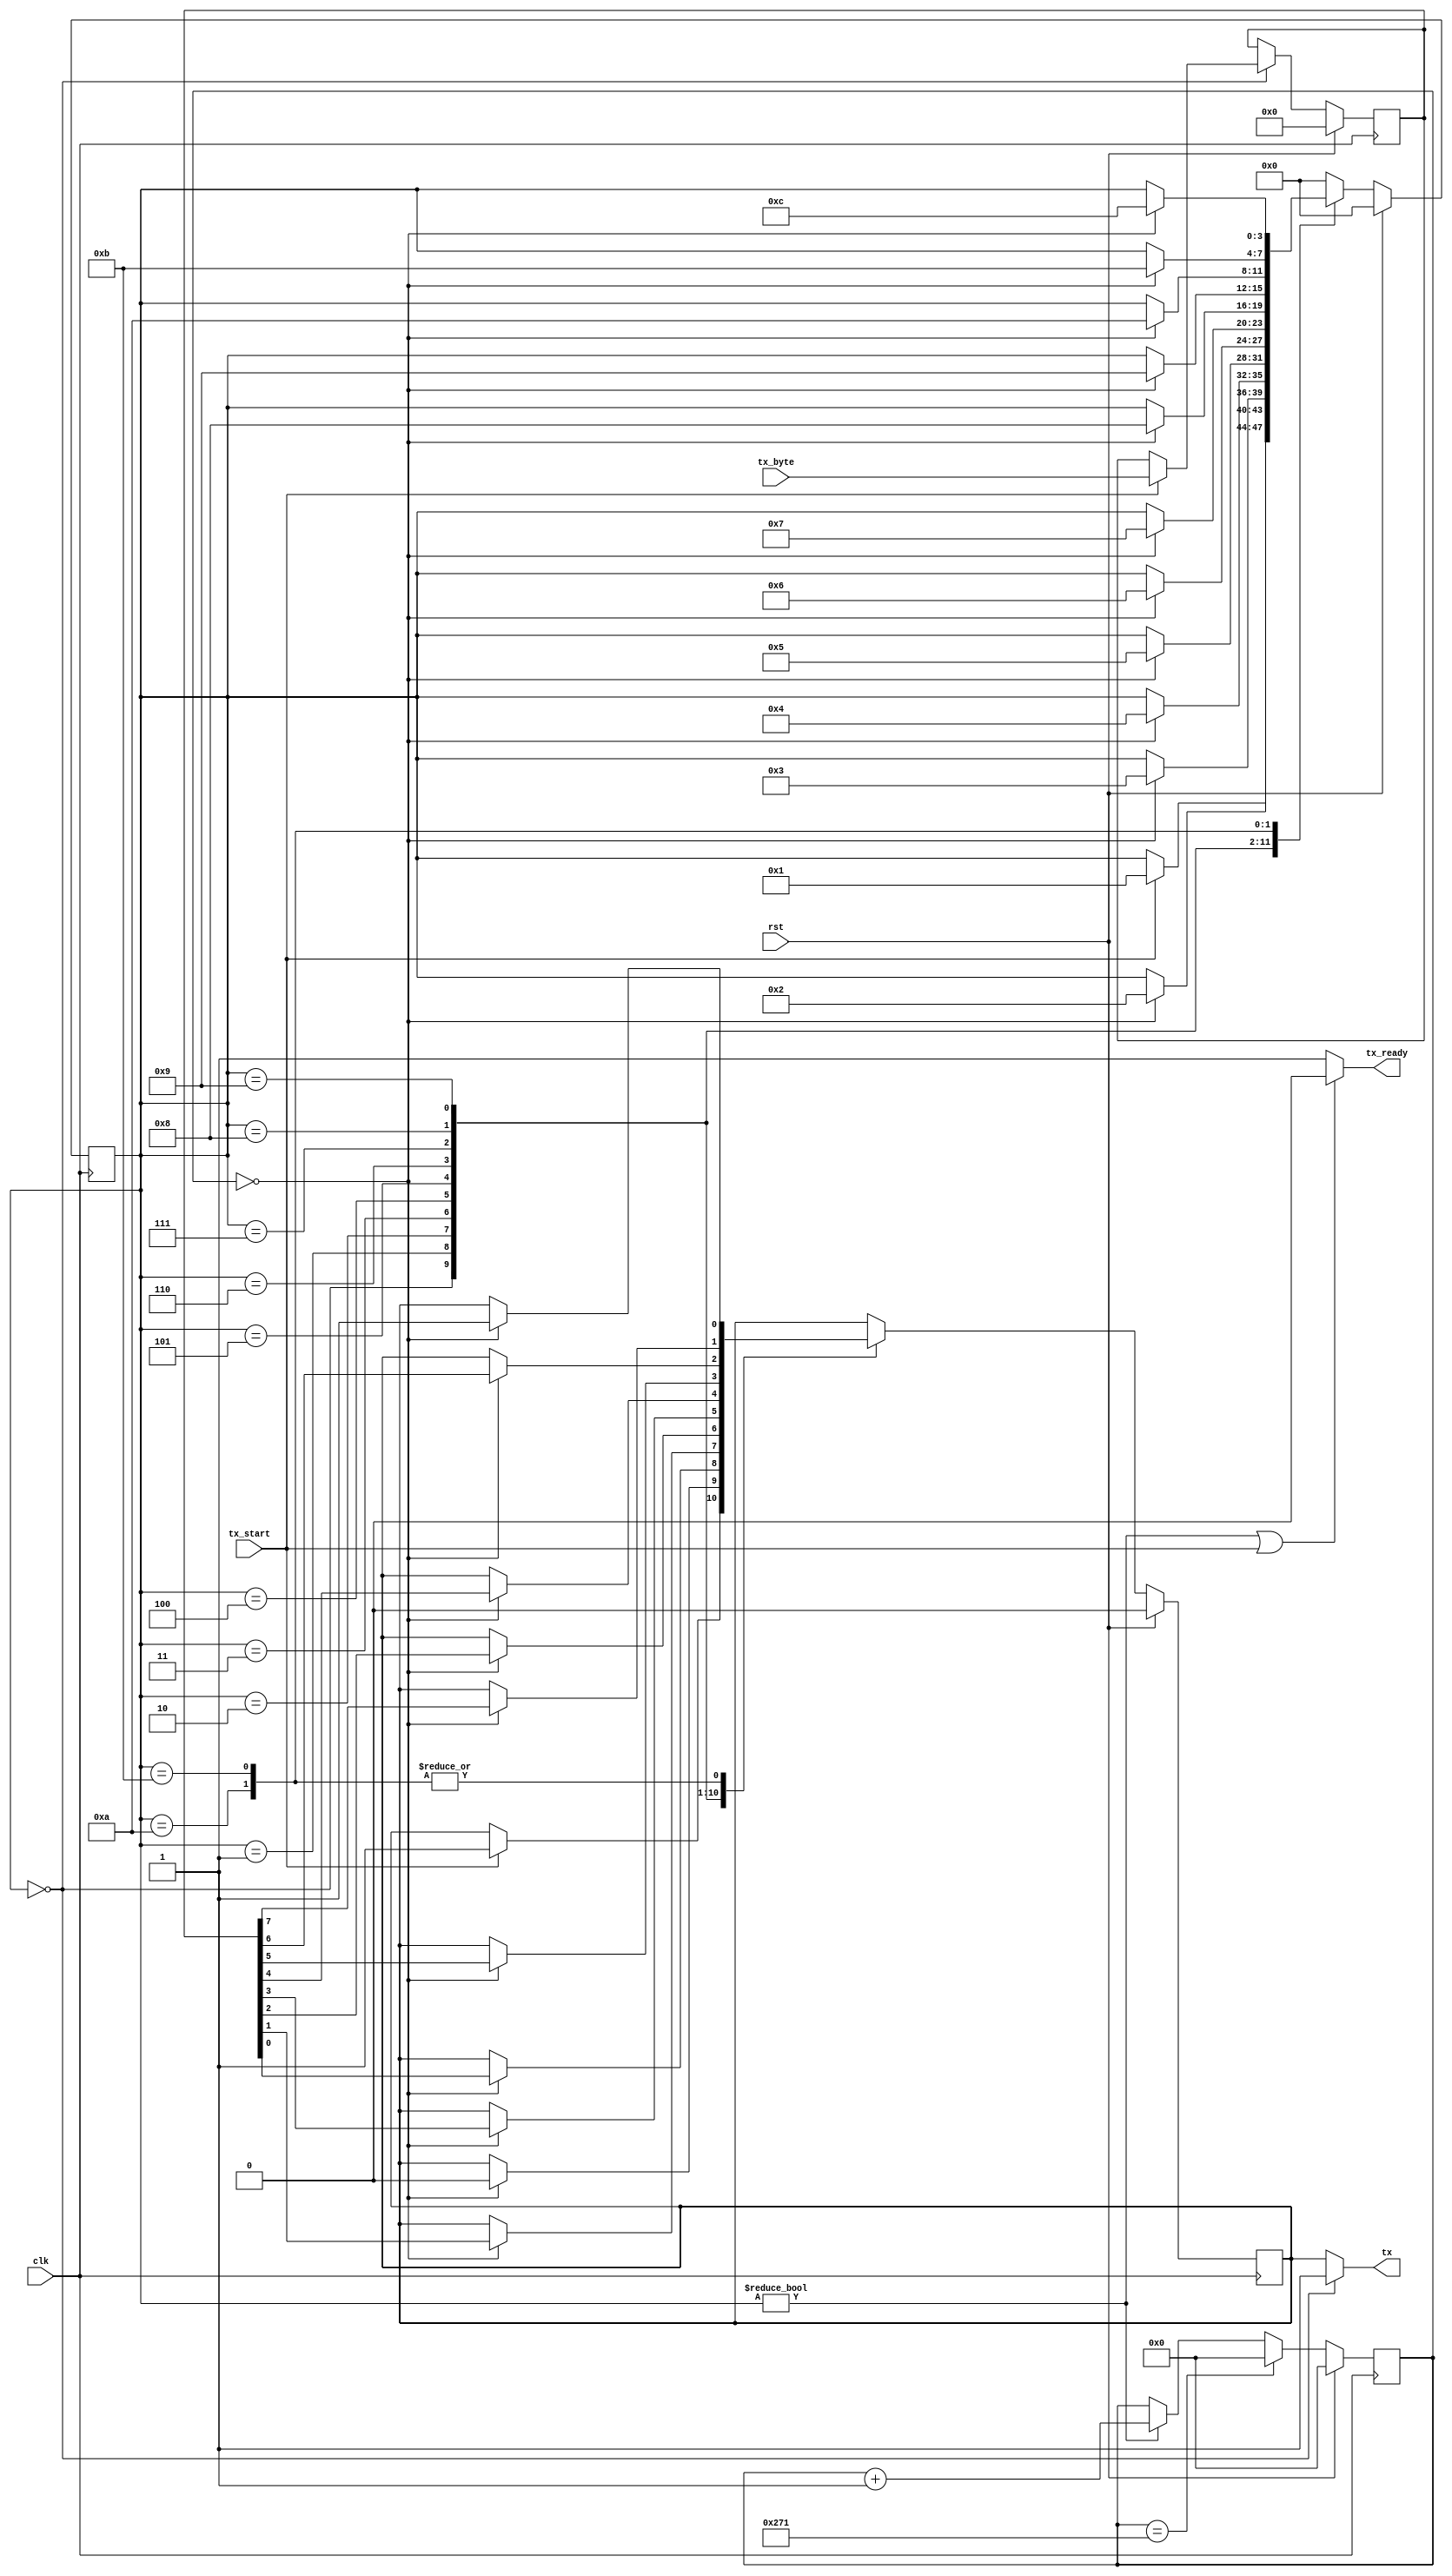
module uarttx(
  input rst,
  input clk,
  input tx_start,
  input [7 : 0] tx_byte,
  output tx, output tx_ready);

  localparam STATE_IDLE       = 0;
  localparam STATE_START_BYTE = 1;
  localparam STATE_BYTE_1     = 2;
  localparam STATE_BYTE_2     = 3;
  localparam STATE_BYTE_3     = 4;
  localparam STATE_BYTE_4     = 5;
  localparam STATE_BYTE_5     = 6;
  localparam STATE_BYTE_6     = 7;
  localparam STATE_BYTE_7     = 8;
  localparam STATE_BYTE_8     = 9;
  localparam STATE_STOP_BYTE1 = 10;
  localparam STATE_STOP_BYTE2 = 11;
  localparam STATE_FINISH     = 12;
  localparam STATE_WIDTH = $clog2(STATE_FINISH);

  parameter CLK_SPEED = 12000000; //Hz
`ifdef IVERILOG
  parameter BAUD_RATE = CLK_SPEED / 4; //Divide clock by 4 for simulation
`else
  parameter BAUD_RATE = 19200;
`endif
  localparam BAUD_COUNT = CLK_SPEED / BAUD_RATE;
  localparam BAUD_REG_SIZE = $clog2(BAUD_COUNT);
  reg [BAUD_REG_SIZE-1 : 0] baud_counter;
  reg [STATE_WIDTH-1 : 0] tx_state;
  reg tx_val;
  reg [7 : 0] value;

  assign tx_ready = (tx_state != STATE_IDLE) || (tx_start) ? 0 : 1;
  assign tx = (tx_state == STATE_IDLE) ? 1 : tx_val;

  always @(posedge clk) begin
    if (rst) begin
      tx_state <= 0;
      tx_val <= 0;
      baud_counter <= 0;
      value <= 0;
    end else begin
      if (baud_counter == BAUD_COUNT) begin
        baud_counter <= 0;
      end else if (tx_state != STATE_IDLE) begin
        baud_counter <= baud_counter + 1;
      end

      case (tx_state)
        STATE_IDLE: begin
          if (tx_start) begin
            tx_state <= STATE_START_BYTE;
            tx_val <= 1;
            value <= tx_byte;
          end
        end
        STATE_START_BYTE: begin
          if (baud_counter == 0) begin
            tx_val <= 0;
            tx_state <= STATE_BYTE_1;
          end
        end
        STATE_BYTE_1: begin
          if (baud_counter == 0) begin
            tx_val <= value[0];
            tx_state <= STATE_BYTE_2;
          end
        end
        STATE_BYTE_2: begin
          if (baud_counter == 0) begin
            tx_val <= value[1];
            tx_state <= STATE_BYTE_3;
          end
        end
        STATE_BYTE_3: begin
          if (baud_counter == 0) begin
            tx_val <= value[2];
            tx_state <= STATE_BYTE_4;
          end
        end
        STATE_BYTE_4: begin
          if (baud_counter == 0) begin
            tx_val <= value[3];
            tx_state <= STATE_BYTE_5;
          end
        end
        STATE_BYTE_5: begin
          if (baud_counter == 0) begin
            tx_val <= value[4];
            tx_state <= STATE_BYTE_6;
          end
        end
        STATE_BYTE_6: begin
          if (baud_counter == 0) begin
            tx_val <= value[5];
            tx_state <= STATE_BYTE_7;
          end
        end
        STATE_BYTE_7: begin
          if (baud_counter == 0) begin
            tx_val <= value[6];
            tx_state <= STATE_BYTE_8;
          end
        end
        STATE_BYTE_8: begin
          if (baud_counter == 0) begin
            tx_val <= value[7];
            tx_state <= STATE_STOP_BYTE1;
          end
        end
        STATE_STOP_BYTE1: begin
          if (baud_counter == 0) begin
            tx_val <= 1;
            tx_state <= STATE_STOP_BYTE2;
          end
        end
        STATE_STOP_BYTE2: begin
          if (baud_counter == 0) begin
            tx_val <= 1;
            tx_state <= STATE_FINISH;
          end
        end
        STATE_FINISH : begin
          tx_state <= STATE_IDLE;
        end
        default: begin
          tx_state <= STATE_IDLE;
        end
      endcase
    end
  end
endmodule